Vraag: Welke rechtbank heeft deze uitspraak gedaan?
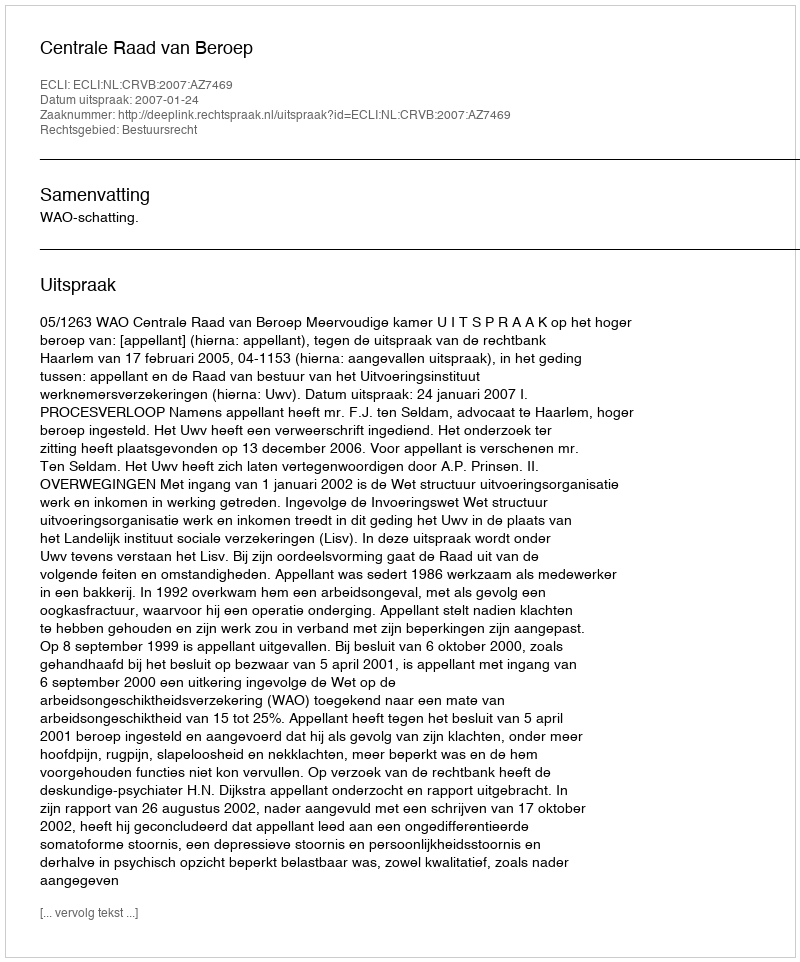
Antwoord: Centrale Raad van Beroep